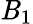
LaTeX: \mathit{B}_{1}